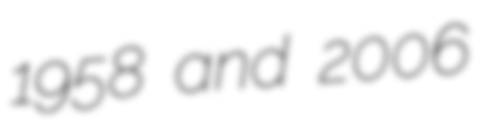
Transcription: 1958 and 2006